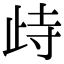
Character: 歭